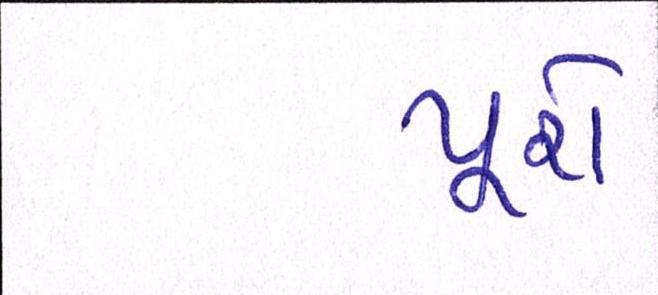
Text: પૂરો